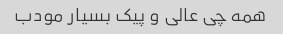
همه چی عالی و پیک بسیار مودب